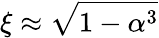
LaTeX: \xi\approx{\sqrt{1-\alpha^{3}}}